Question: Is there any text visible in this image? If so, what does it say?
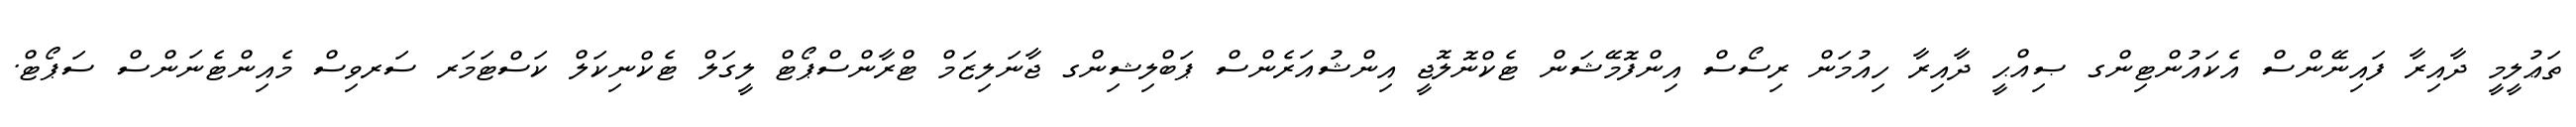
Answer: ތަޢުލީމީ ދާއިރާ ފައިނޭންސް އެކައުންޓިންގ ޞިއްޙީ ދާއިރާ ހިއުމަން ރިސޯސް އިންފޮމޭޝަން ޓެކްނޮލޮޖީ އިންޝުއަރެންސް ޕަބްލިޝިންގ ޖާނަލިޒަމް ޓްރާންސްޕޯޓް ލީގަލް ޓެކްނިކަލް ކަސްޓަމަރ ސަރވިސް މެއިންޓެނަންސް ސަޕޯޓް.